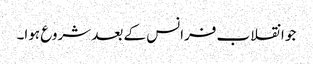
جو انقلاب فرانس کے بعد شروع ہوا۔